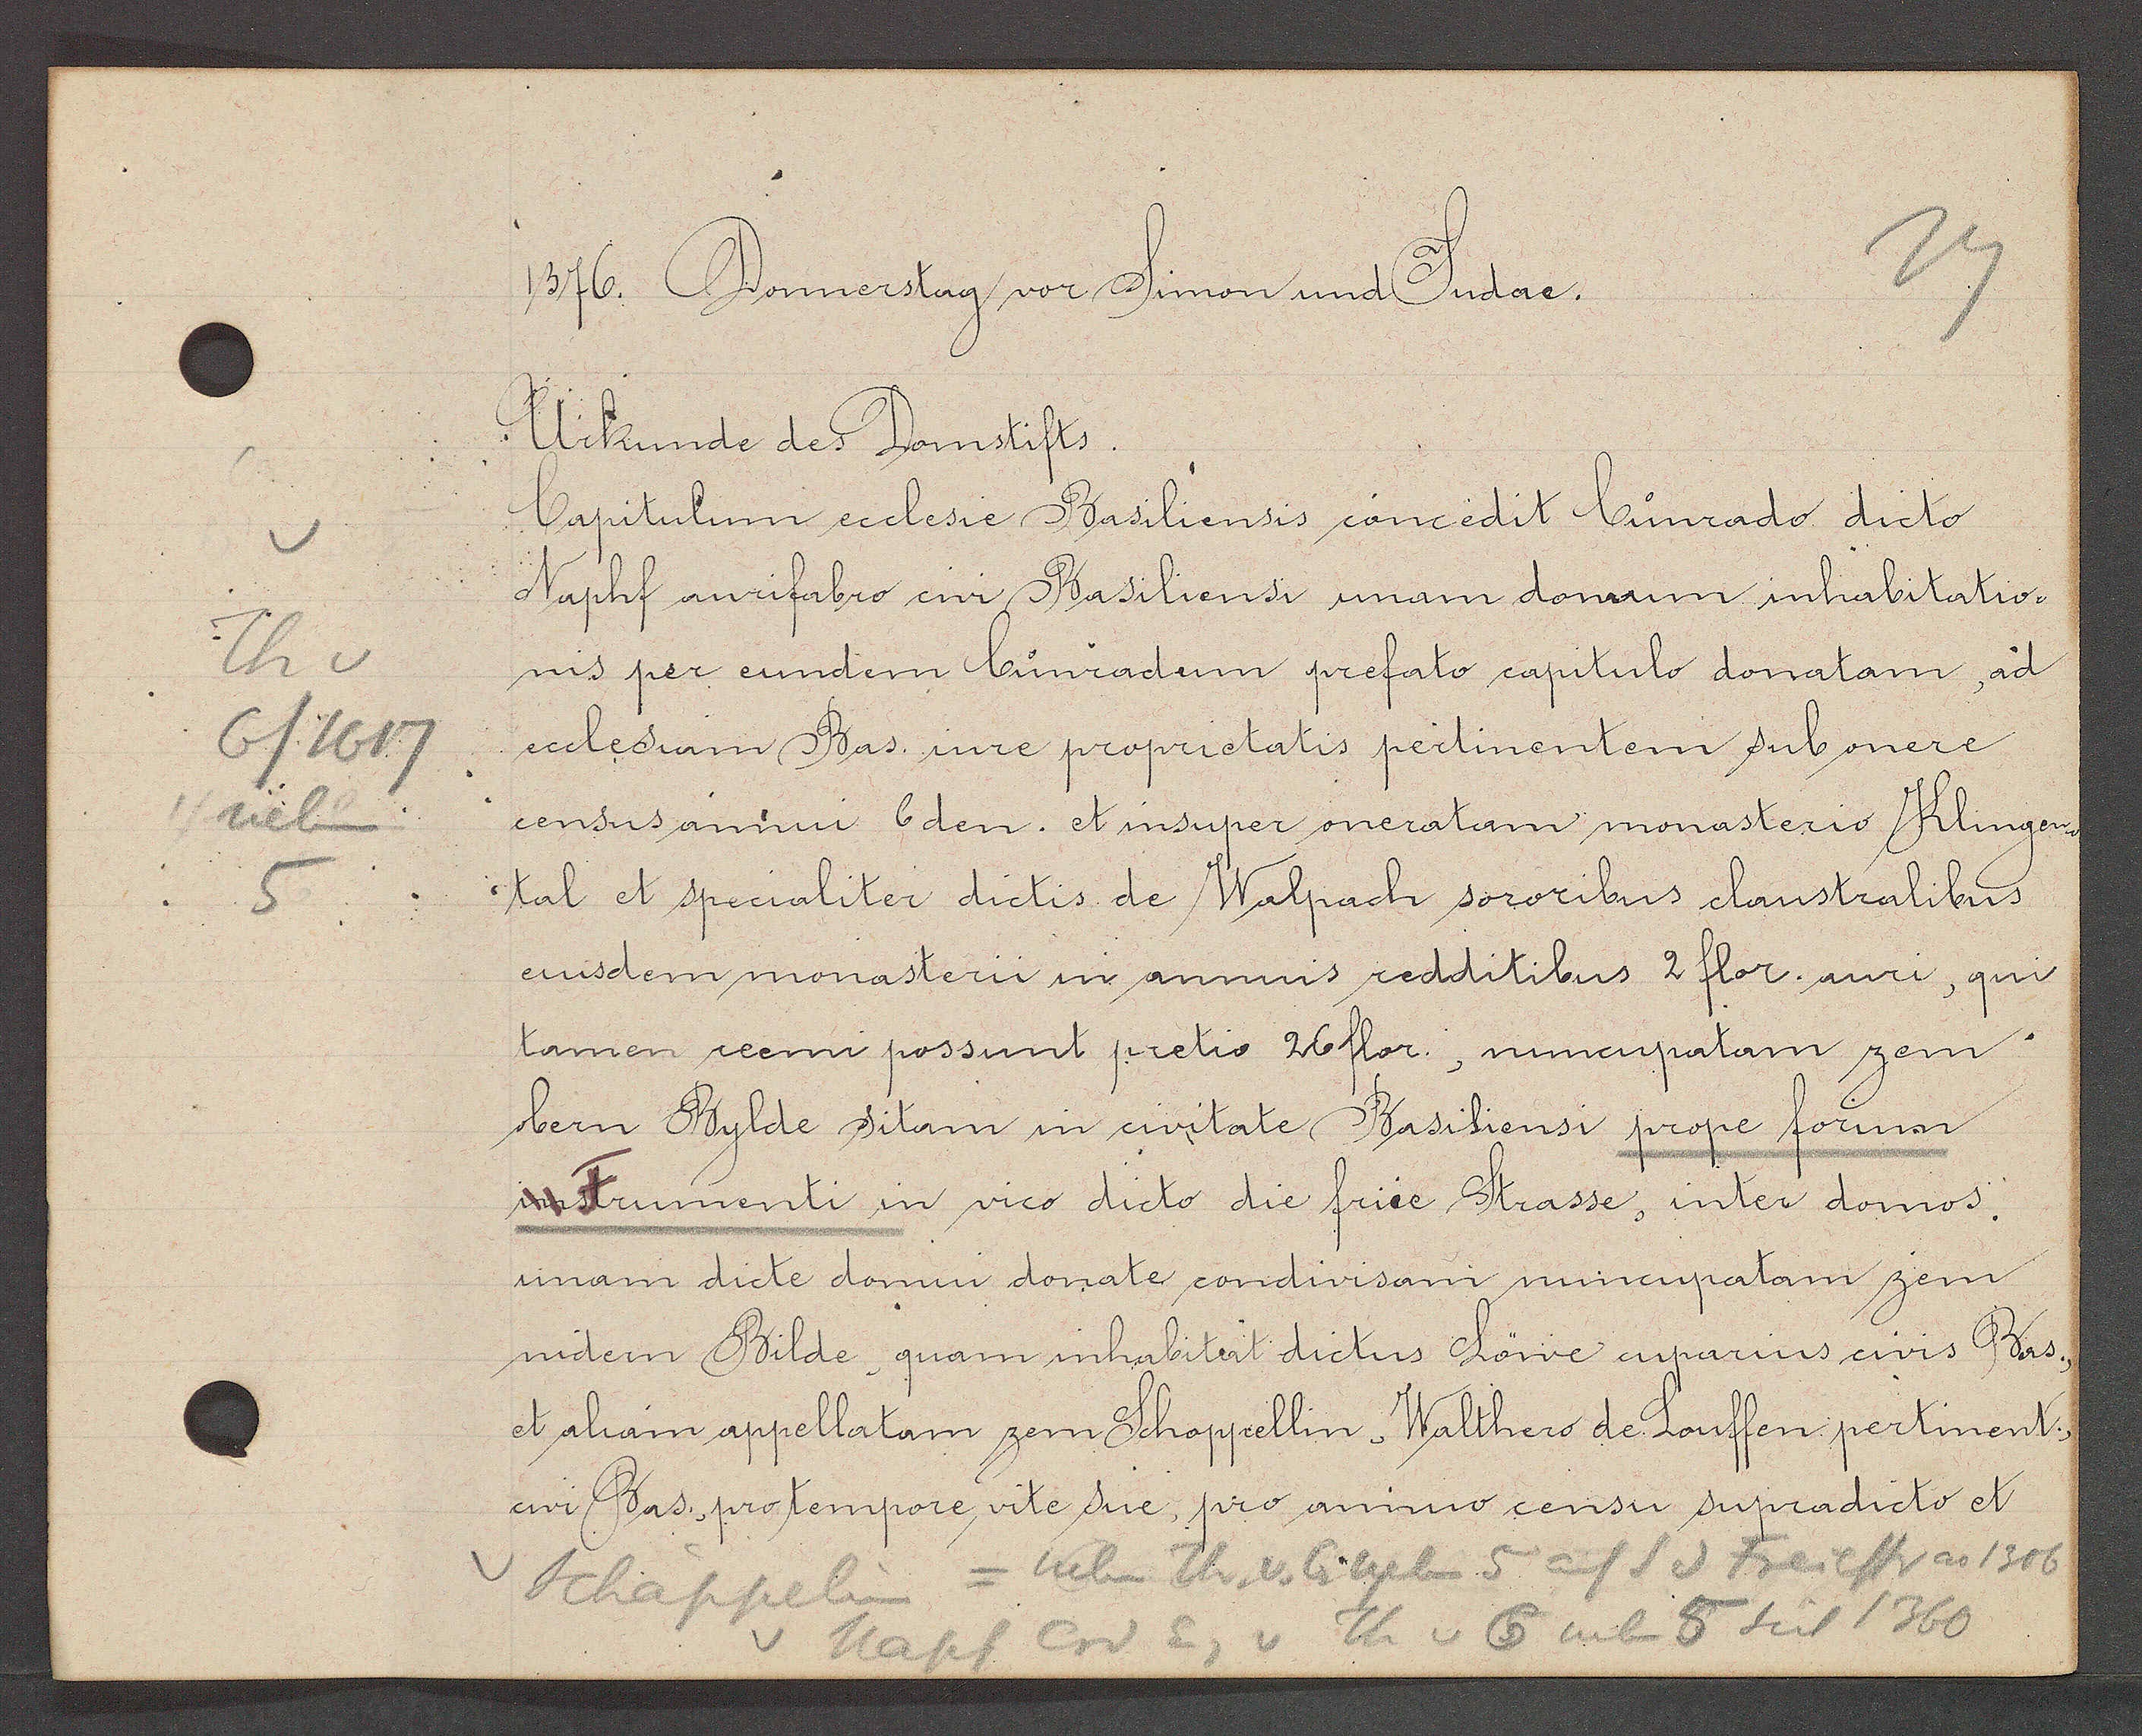
Transcript:
Th v
6/1617
neben
5

1376. Donnerstag vor Simon und Judae.
Urkunde des Domstifts.
Capitulum eeclesie Basiliensis concedit Cunrado dicto
Naphf aurifabro civi Basiliensi unam domum inhabitatio¬
nis per eundem Cunradum prefato capitulo donatam, ad
ecclesiam Bas. iure proprietatis pertinentem sub onere
census annui 6den. insuper oneratam monasterio Klingen-
tal et specialiter dictis de Walpach sororibus claustralibus
eiusdem monasterii in annuis redditibus 2 flor. auri, que
tamen reemi possunt pretio 26flor., nuncupatam zem
obern Bylde sitam in civitate Basiliensi prope forum
in Frumenti in vico dicto die friee Strasse, inter domos.
unam dicte domui donate condivisam nuncupatam zem
nidern Bilde, quam inhabitat dictus Löwe cuparius civis Bas.,
et aliam appellatam zem Schoppellin, Walther de Kouffen pertinent.,
civi Bas., pro tempore vite sue, pro annuo censu supradicto et
Schappelin = neben Th v 6 neben 5 auf S d Freiest ao 1306
v Napf Crd Eig v Th v 6 nebn 5 seit 1360